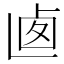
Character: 𠧱